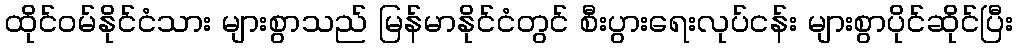
ထိုင်ဝမ်နိုင်ငံသား များစွာသည် မြန်မာနိုင်ငံတွင် စီးပွားရေးလုပ်ငန်း များစွာပိုင်ဆိုင်ပြီး